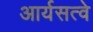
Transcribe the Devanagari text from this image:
आर्यसत्वे